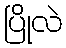
ပြိုလဲ